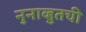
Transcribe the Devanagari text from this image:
नुनाव्हुतची